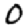
Digit: 0